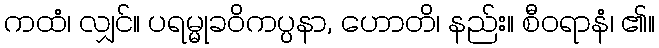
ကထံ၊ လျှင်။ ပရမ္မုခဝိကပ္ပနာ, ဟောတိ၊ နည်း။ စီဝရာနံ၊ ၏။